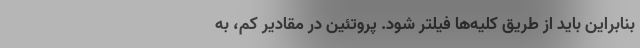
بنابراین باید از طریق کلیه‌ها فیلتر شود. پروتئین در مقادیر کم، به